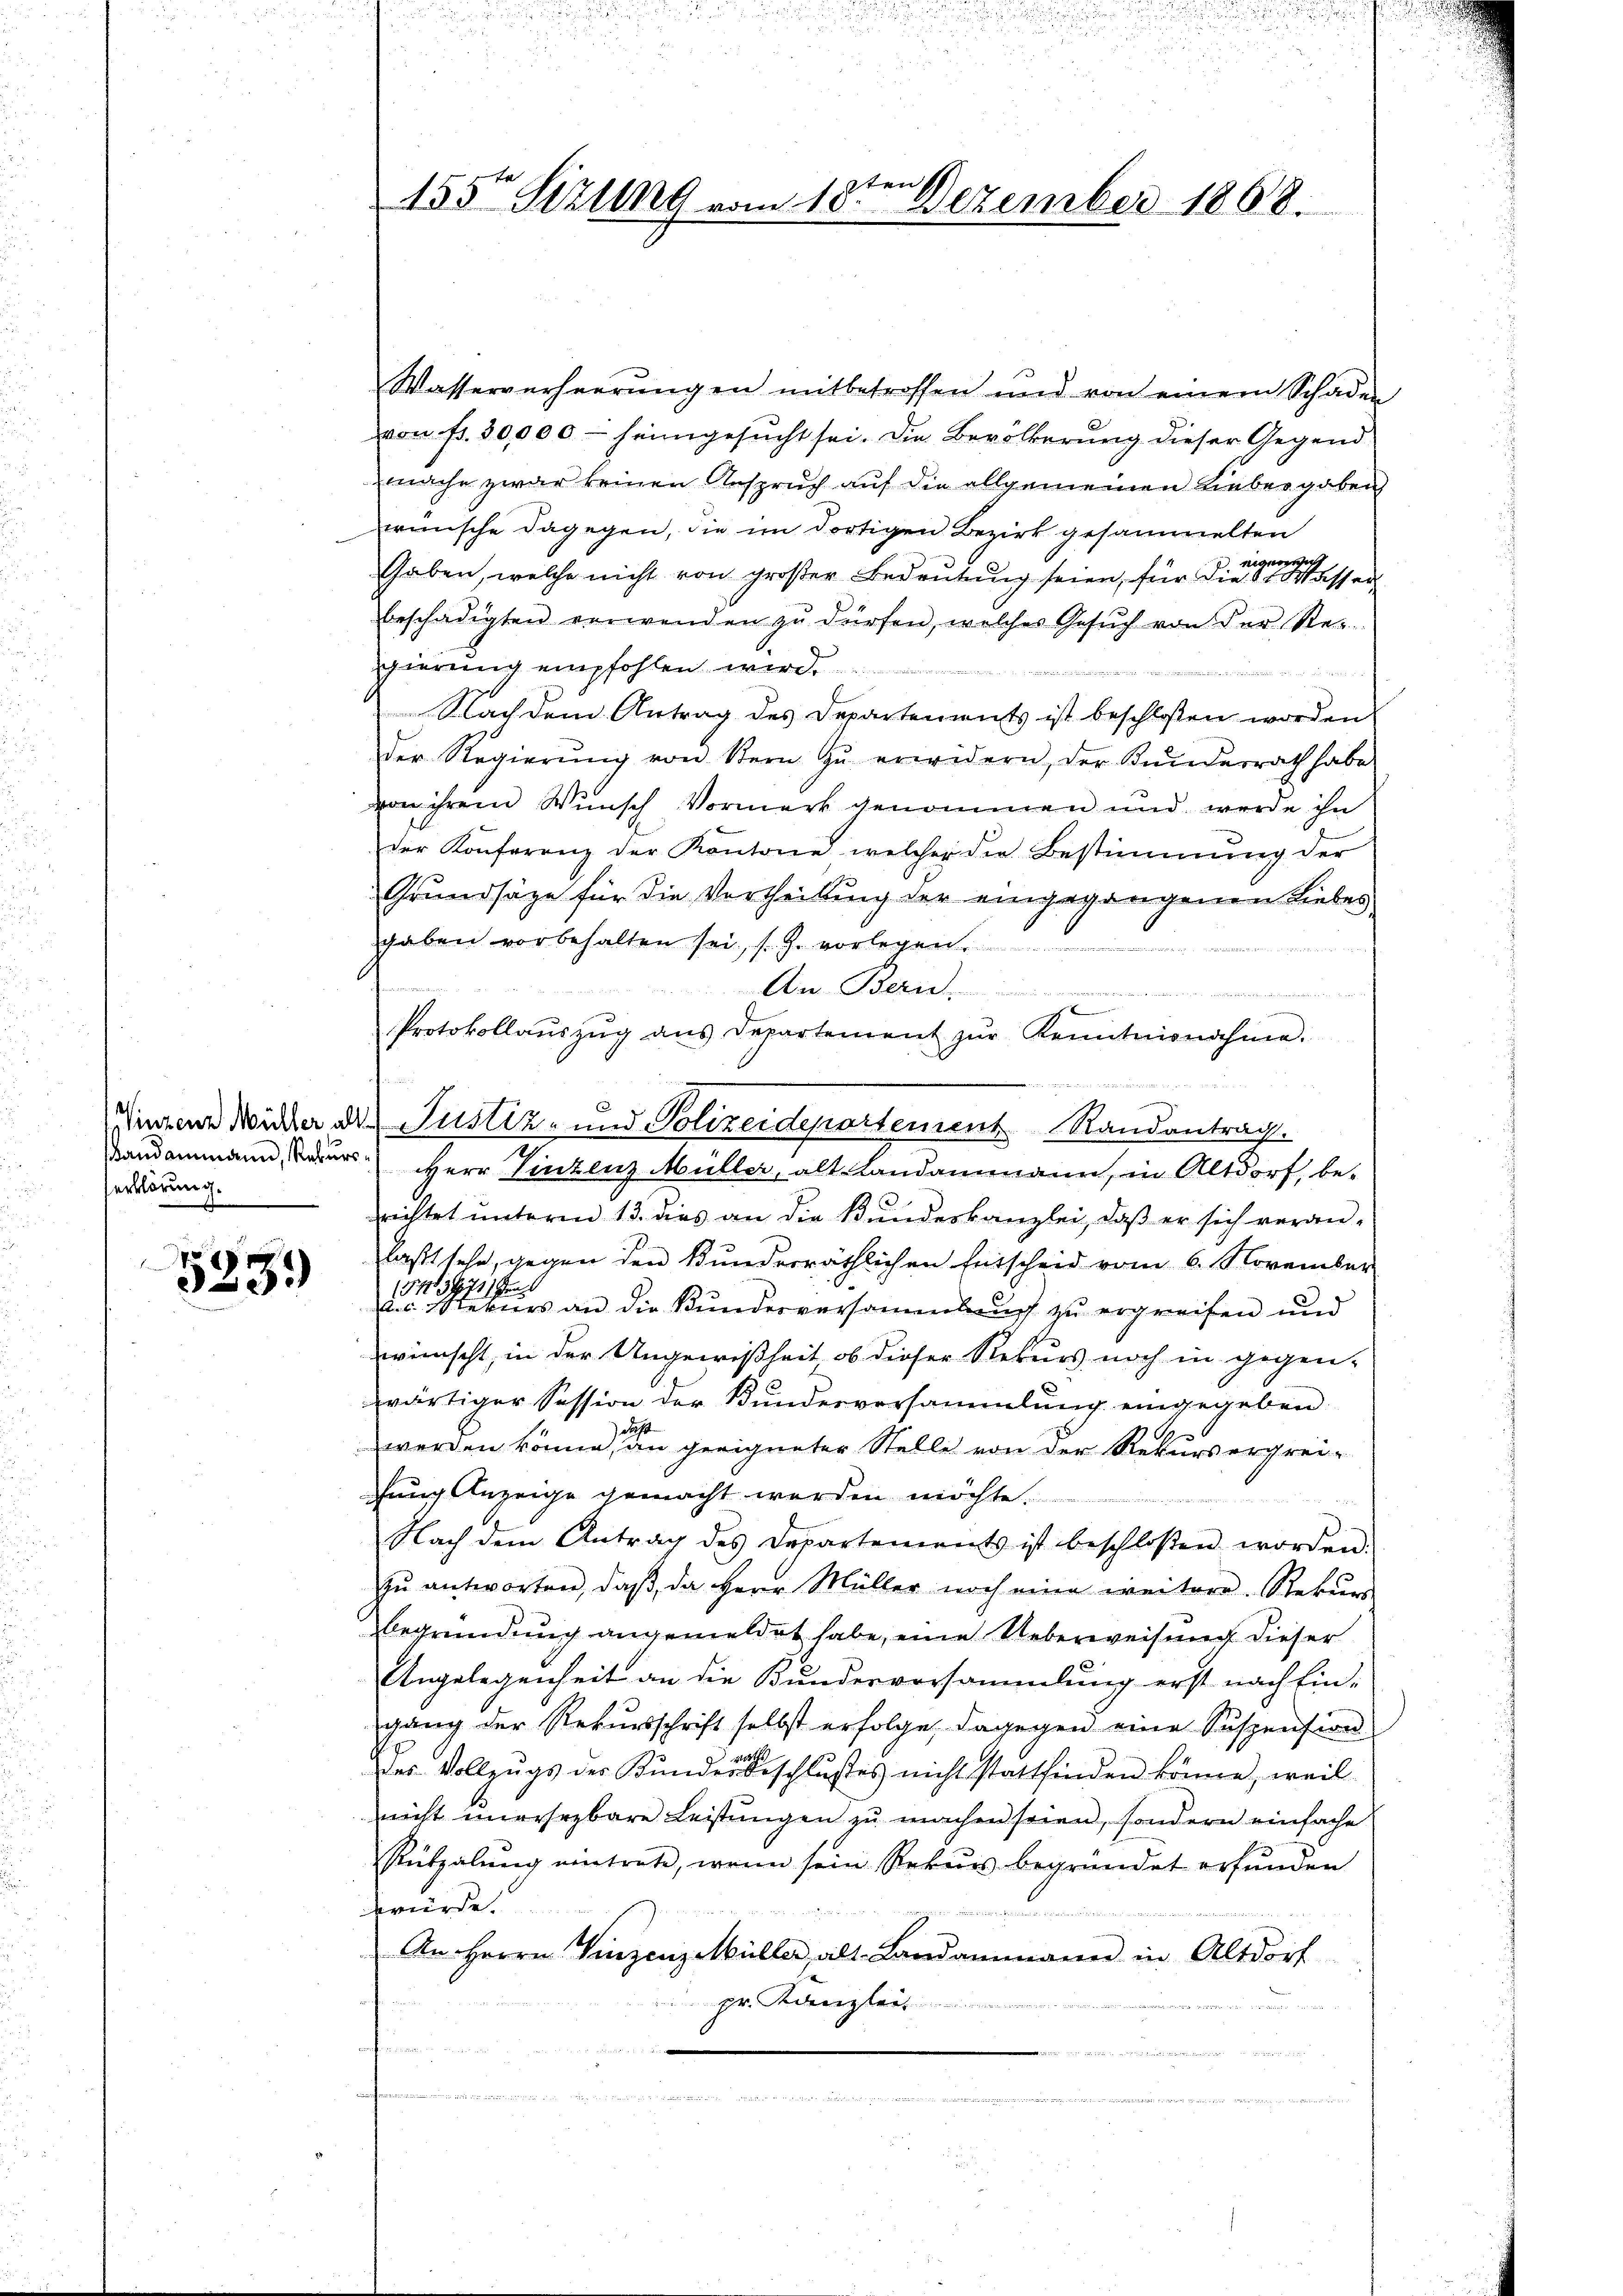
erklärung.

und
523)

.

155te Sizung vom 18. Dezember 1868

Wasserverheerungen mitbetroffen und von einem Schaden
von fr. 30,000 - heimgesucht sei. Die Bevölkerung dieser Gegend
mache zwar keinen Anspruch auf die allgemeinen Liebergaben
wünsche dagegen, die im dortigen Bezirk gesammelten
Gaben, welche nicht von großer Bedeutung seien, für die einen lassen
beschädigten verwenden zŭ dürfen, welches Gesŭch von der Rez.
ggierung empfohlen wird.
 iuri
Nach dem Antrag des Departements ist beschloßen worden
der Regierŭng von Stern zŭ erwidern, der Kunderrath habe
von ihrem Wunsch Vormerk genommen und werde ihn
der Konferenz der Kontone welcher die Bestimmung der
Grundsätze für die Vertheilung der eingegangenen Liebes
gaben vorbehalten sei, s. Z. vorlegen
d
An Bern.
s
 od aber auch
f
Protokollaŭszŭg ans Departement zŭr Kenntnisnahme.
.
Finzenz Wicher der Justiz- und Polizeidepartement Randantrag.
Bandammann, der Herr Vinzenz Müller, alt Landammann, in Altdorf, be-
richtet unterm 13. dies an die Bundeskanzlei, daß er sich veranlaßt sehe, gegen den Bunderräthlichen Entscheid vom 6. November
(I43771) Gen
ves Stekers an die Bundesversammlung zu ergreifen und
wünscht, in der Ungewißheit ob dieser Rekurs noch in gegen-
wärtiger Session der Bundesversammlung eingegeben.
werden könne, den geeigneter Stelle von der Rekursergreigung Anzeige gemacht werden möchte.
Nach dem Antrag des Departements ist beschloßen worden.
zŭ antworten, daβ da Herr Müller noch eine weitere Rekŭrs
begründung angemeldet habe, eine Ueberweisung dieser
Angelegenheit an die Kundesvorsammlung erst nach Eingang der Rekursschrift selbst erfolge, dagegen eine Suspension
das Vollzugs der Bunden beschlußes nicht stattfinden könne, weil
nicht unersezbare Leistŭngen zŭ machen seien, sondern einfache
Rützalŭng eintrete, wenn sein Rekŭrs begründet erfunden
würde.
.
An Herrn Vinzenz Müller, als Landammann in Altdorf
pr. Kanzler
femmen

u
d
e

.